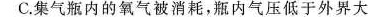
C.集气瓶内的氧气被消耗，瓶内气压低于外界大